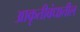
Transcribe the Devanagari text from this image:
आकृतीबंधातील